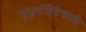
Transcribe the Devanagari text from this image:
शुक्लसंहितेसाठी